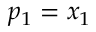
p _ { 1 } = x _ { 1 }